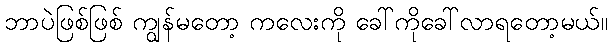
ဘာပဲဖြစ်ဖြစ် ကျွန်မတော့ ကလေးကို ခေါ်ကိုခေါ်လာရတော့မယ်။